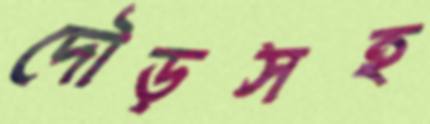
দৌড়সহ